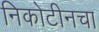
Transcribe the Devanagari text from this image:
निकोटीनचा